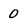
Character: 0